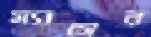
স্যাসের